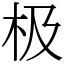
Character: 极